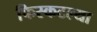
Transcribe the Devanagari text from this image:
फिस्कटल्या